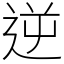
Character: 逆